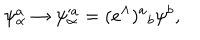
\psi _ { \alpha } ^ { a } \rightarrow \psi _ { \alpha } ^ { a } = ( e ^ { \Lambda } ) { } ^ { a } { } _ { b } \psi ^ { b } ,